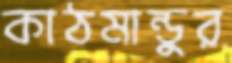
কাঠমান্ডুর